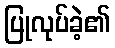
ပြုလုပ်ခဲ့၏